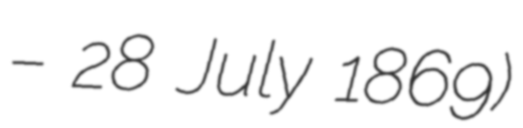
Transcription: – 28 July 1869)